Civil Veterinary Dept. Bombay admin report 1893-99 - 1893-1899
Year: 1893
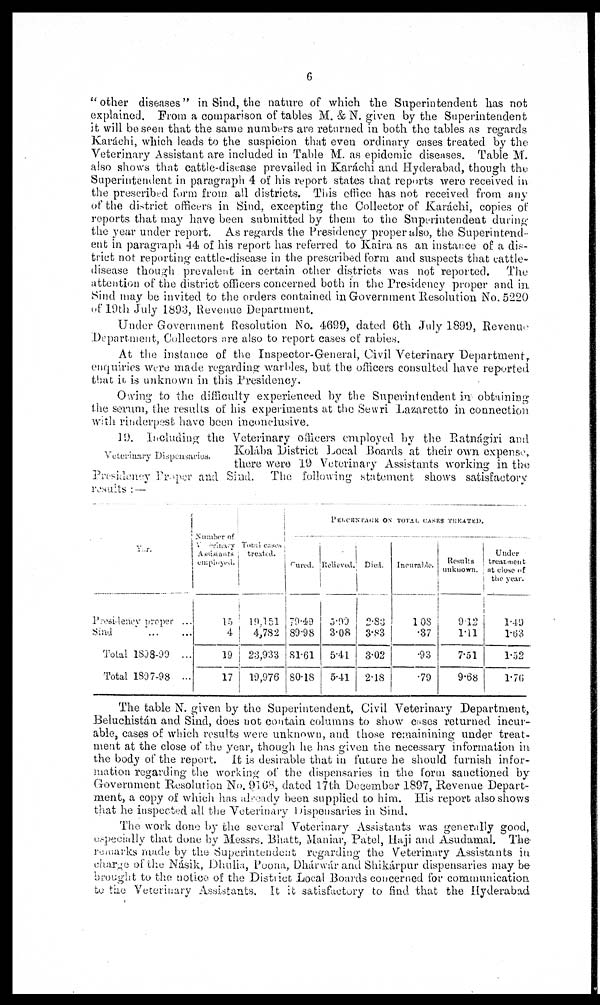
6
"other diseases" in Sind, the nature of which the Superintendent has not
explained. From a comparison of tables M. & N. given by the Superintendent
it will be seen that the same numbers are returned in both the tables as regards
Karáchi, which leads to the suspicion that even ordinary cases treated by the
Veterinary Assistant are included in Table M. as epidemic diseases. Table M.
also shows that cattle-disease prevailed in Karáchi and Hyderabad, though the
Superintendent in paragraph 4 of his report states that reports were received in
the prescribed form from all districts. This office has not received from any
of the district officers in Sind. excepting the Collector of Karáchi, copies of
reports that may have been submitted by them to the Superintendent during
the year under report. As regards the Presidency proper also, the Superintend-
ent in paragraph 44 of his report has referred to Kaira as an instance of a dis-
trict not reporting cattle-disease in the prescribed form and suspects that cattle-
disease though prevalent in certain other districts was not reported. The
attention of the district officers concerned both in the Presidency proper and in
Sind may be invited to the orders contained in Government Resolution No. 5220
of 19th July 1893, Revenue Department.
Under Government Resolution No. 4699, dated 6th July 1899, Revenue
Department, Collectors are also to report cases of rabies.
At the instance of the Inspector-General, Civil Veterinary Department,
enquiries were made regarding warbles, but the officers consulted have reported
that it is unknown in this Presidency.
Owing to the difficulty experienced by the Superintendent in obtaining
the serum, the results of his experiments at the Sewri Lazaretto in connection
with rinderpest have been inconclusive.
Veterinary Dispensaries.
19. Including the Veterinary officers employed by the Ratnágiri and
Kolába District Local Boards at their own expense,
there were 19 Veterinary Assistants working in the
Presidency Proper and Sind. The following statement shows satisfactory
results: —
Year.
Presidency proper ...
Sind ... ...
Total 1898-99 ...
Total 1897-98 ...
Number of
Veterinary
Assistants
employed.
15
4
19
17
Total cases
treated.
19,151
4,782
23,933
19,976
PERCENTAGE
ON
TOTAL
CASES
TREATED.
Sured.
79.49
89.98
81.61
80.18
Relieved.
3.90
3.08
5.41
5.41
Died.
2.83
3.83
3.02
2.18
Incurable.
108
.37
.93
.79
Results
unknown.
9.12
1.11
7.51
9.68
Under
treatment
at close of
the year.
1.49
1.63
1.52
1.76
The table N. given by the Superintendent, Civil Veterinary Department,
Beluchistán and Sind, does not contain columns to show cases returned incur-
able, cases of which results were unknown, and those remainining under treat-
ment at the close of the year, though he has given the necessary information in
the body of the report. It is desirable that in future he should furnish infor-
mation regarding the working of the dispensaries in the form sanctioned by
Government Resolution No. 9168, dated 17th December 1897, Revenue Depart-
ment, a copy of which has already been supplied to him. His report also shows
that he inspected all the Veterinary Dispensaries in Sind.
The work done by the several Veterinary Assistants was generally good,
especially that done by Messrs. Bhatt, Maniar, Patel, Haji and Asudamal. The-
remarks made by the Superintendent regarding the Veterinary Assistants in
charge of the Násik, Dhulia, Poona, Dhárwár and Shikárpur dispensaries may be-
brought to the notice of the District Local Boards concerned for communication
to the Veterinary Assistants. It it satisfactory to find that the Hyderabad